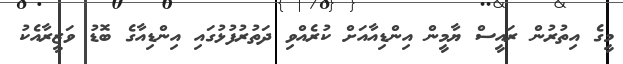
މީގެ އިތުރުން ރައީސް ޔާމީން އިންޑިއާއަށް ކުރެއްވި ދަތުރުފުޅުގައި އިންޑިއާގެ ބޮޑު ވަޒީރާއެކު